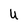
Character: U